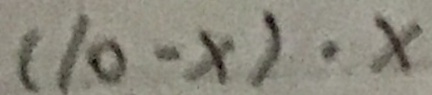
( 1 0 - x ) \cdot x